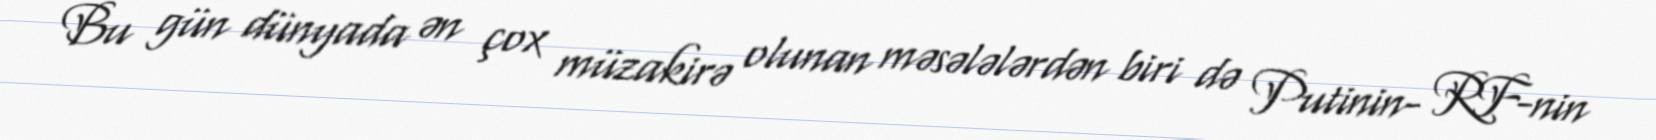
Bu gün dünyada ən çox müzakirə olunan məsələlərdən biri də Putinin- RF-nin